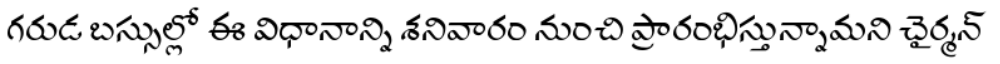
గరుడ బస్సుల్లో ఈ విధానాన్ని శనివారం నుంచి ప్రారంభిస్తున్నామని చైర్మన్